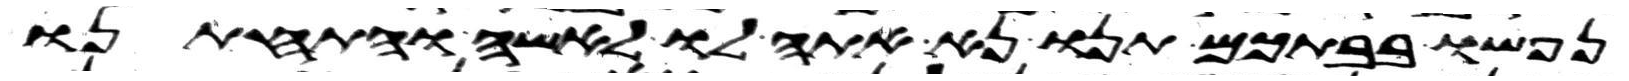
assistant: נפשו בבתכם תנו נא אתה לו לאשה והתחתנו